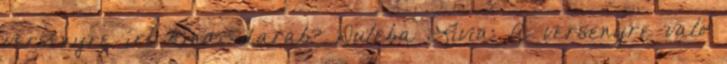
versenyre írt kínai darab? Duleba Lívia: A versenyre való